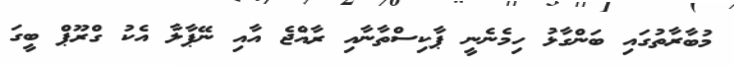
މުބާރާތުގައި ބަންގާޅު ހިމެނެނީ ޕާކިސްތާނާއި ރާއްޖެ އާއި ނޭޕާލާ އެކު ގްރޫޕް ބީގަ